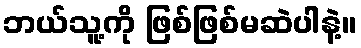
ဘယ်သူ့ကို ဖြစ်ဖြစ်မဆဲပါနဲ့။